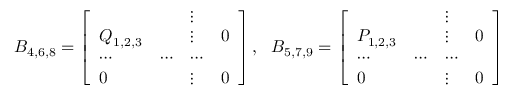
B _ { 4 , 6 , 8 } = \left[ \begin{array} { l l l l } { { } } & { { } } & { { \vdots } } & { { } } \\ { { Q _ { 1 , 2 , 3 } } } & { { } } & { { \vdots } } & { { 0 } } \\ { { \cdots } } & { { \cdots } } & { { \cdots } } & { { } } \\ { { 0 } } & { { } } & { { \vdots } } & { { 0 } } \end{array} \right] , \ \ B _ { 5 , 7 , 9 } = \left[ \begin{array} { l l l l } { { } } & { { } } & { { \vdots } } & { { } } \\ { { P _ { 1 , 2 , 3 } } } & { { } } & { { \vdots } } & { { 0 } } \\ { { \cdots } } & { { \cdots } } & { { \cdots } } & { { } } \\ { { 0 } } & { { } } & { { \vdots } } & { { 0 } } \end{array} \right]